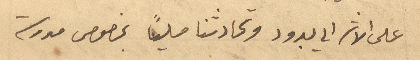
على الاثر الى يبرود وتحادثنا ملياً بخصوص مدرسة